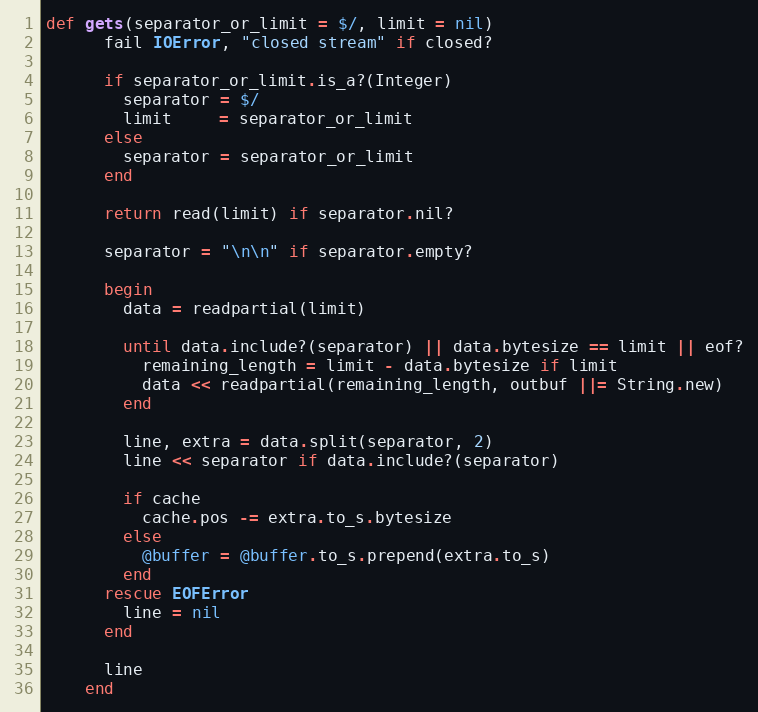
Language: Ruby
def gets(separator_or_limit = $/, limit = nil)
      fail IOError, "closed stream" if closed?

      if separator_or_limit.is_a?(Integer)
        separator = $/
        limit     = separator_or_limit
      else
        separator = separator_or_limit
      end

      return read(limit) if separator.nil?

      separator = "\n\n" if separator.empty?

      begin
        data = readpartial(limit)

        until data.include?(separator) || data.bytesize == limit || eof?
          remaining_length = limit - data.bytesize if limit
          data << readpartial(remaining_length, outbuf ||= String.new)
        end

        line, extra = data.split(separator, 2)
        line << separator if data.include?(separator)

        if cache
          cache.pos -= extra.to_s.bytesize
        else
          @buffer = @buffer.to_s.prepend(extra.to_s)
        end
      rescue EOFError
        line = nil
      end

      line
    end